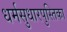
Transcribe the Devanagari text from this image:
धर्मसुधारपुस्तिका